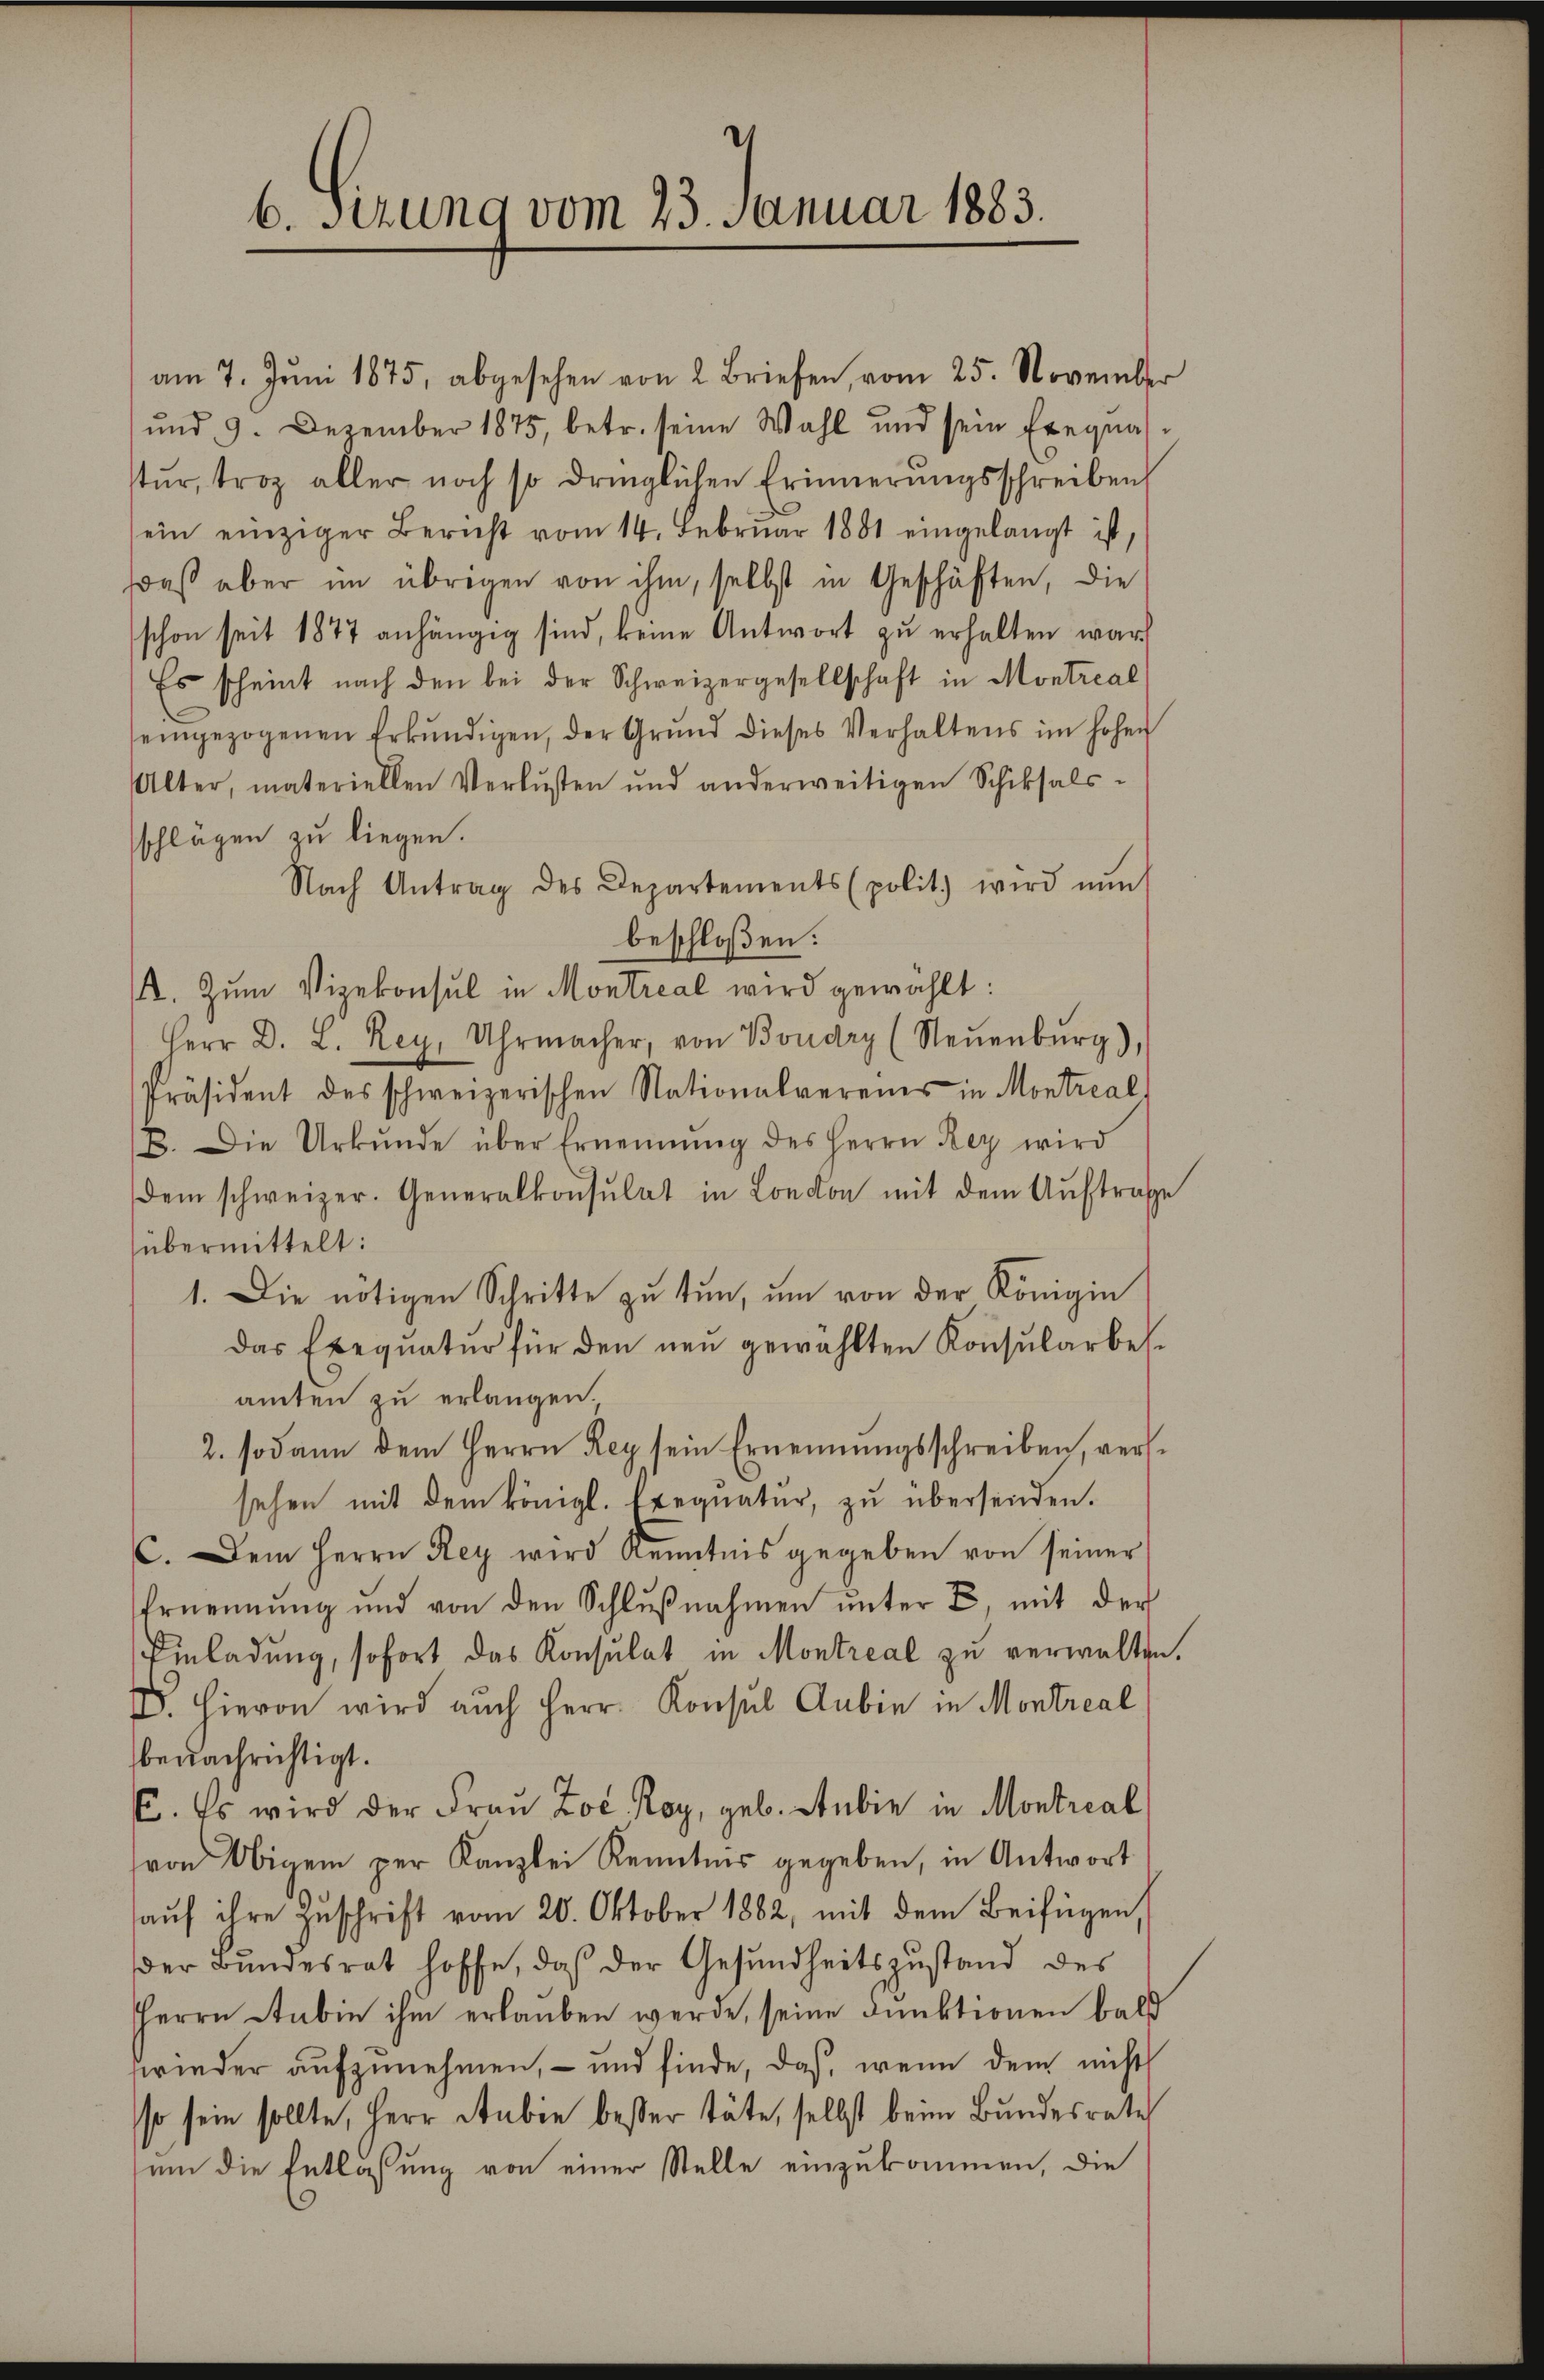
6. Setzung vom 23. Januar 1883.

am 7. Jŭni 1875, abgesehen von 2 Briefen, vom 25. November
und 9. Dezember 1875, betr. seine Wahl und sein Exequas-
stŭr, troz aller noch so dringlichen Erinnerungsschreiben
sein einziger Bericht vom 14. Febrŭar 1881 eingelangt ist,
Daß aber im übrigen von ihm, selbst in Geschäften, die
schon seit 1877 anhängig sind, keine Antwort zu erhalten war
Es scheint nach den bei der Schweizergesellschaft in Montreal
seingezogenen Erkŭndigen, der Grŭnd dieses Verhaltens im hohen
Alter, materiellen Verlusten und anderweitigen Schiksals-
schlägen zu liegen.
Nach Antrag des Departements (polit. wird nŭn
beschloßen:
. Zum Vizekonsul in Montreal wird gewählt:
Herr D. L. Rey. Uhrmacher, von Boudry (Neŭenbŭrg),
Präsident des schweizerischen Nationalvereins in Montreal
B. Die Urkŭnde über Ernennung des Herrn Rey wird
dem schweizer. Generalkonsulat in London mit dem Aŭftrage
übermittelt:
1. Die nötigen Schritte zu tun, um von der Königin
das Exequatur für den neu gewählten Konsularbesamten zu erlangen.
2. sodann dem Herrn Rey sein Ernennungsschreiben, versehen mit dem königl. Exequatur, zu übersenden.
C. Dem Herrn Rey wird Kenntnis gegeben von seiner
Ernennung und von den Schlŭβnahmen unter 2, mit der
Einladung, sofort das Konsulat in Montreal zu verwalten.
. Hievon wird auch Herr Konsul Anbin in Montreal
benachrichtigt.
C. Es wird der Frau Zoe. Roy, geb. Anbie in Montreal
von Obigem per Kanzlei Kenntnis gegeben, in Antwort
aŭf ihre Zŭschrift vom 20. Oktober 1882, mit dem Beifügen,
der Bundesrat hoffe, daß der Gesundheitszustand des
Herrn Kabin ihm erlauben werde, seine Funktionen bald
wieder aufzunehmen, – und finde, daß, wenn dem nicht
so sein sollte, Herr Rubin besser täte, selbst beim Bundesrate
um die Entlassung von einer Stelle einzukommen, die